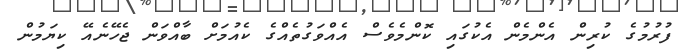
ފުރުމުގެ ކުރިން އެންމެން އެކުގައި ކޮންމެވެސް އެއްވަގުތެއްގެ ކެއުމަށް ބާއްވަން ޖެހޭނެއޭ ކިޔަމުން